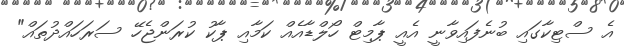
އެ ސްޓިކާގައި ބުނެފައިވާނީ އެއީ ޕާމިޓް ހޯލްޑާއެއް ކަމާއި ޕާކު ކުރަންޖެހޭ ސަރަހައްދުތައް"